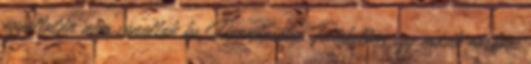
egyáltalán nem vonultak be Pannóniába. Feltehetően egy másik európai